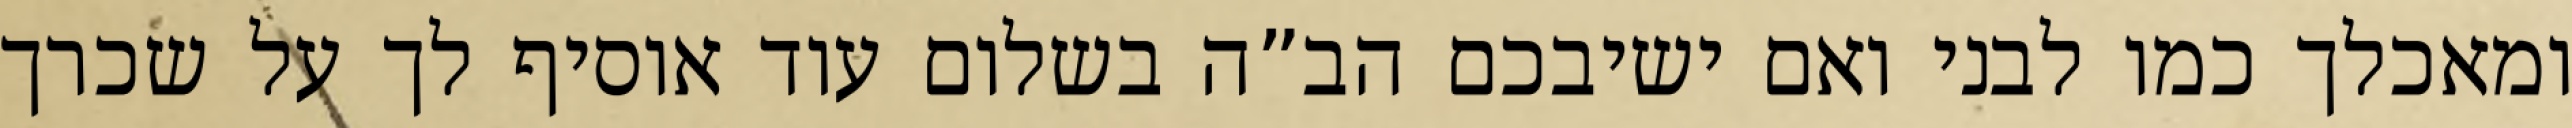
ומאכלך כמו לבני ואם ישיבכם הב”ה בשלום עוד אוסיף לך על שכרך